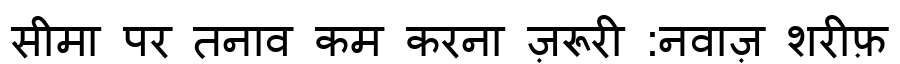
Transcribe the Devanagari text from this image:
सीमा पर तनाव कम करना ज़रूरी :नवाज़ शरीफ़